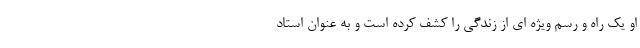
او یک راه و رسم ویژه ای از زندگی را کشف کرده است و به عنوان استاد